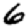
Digit: 6